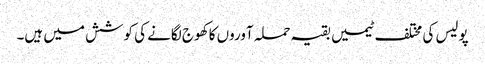
پولیس کی مختلف ٹیمیں بقیہ حملہ آوروں کا کھوج لگانے کی کوشش میں ہیں۔